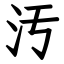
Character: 汚